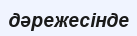
дәрежесінде